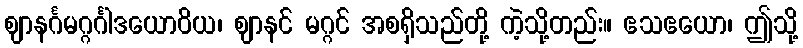
ဈာနင်္ဂမဂ္ဂင်္ဂါဒယောဝိယ၊ ဈာနင် မဂ္ဂင် အစရှိသည်တို့ ကဲ့သို့တည်း။ ဧသဧယော၊ ဤသို့